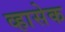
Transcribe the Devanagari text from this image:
व्हासेक